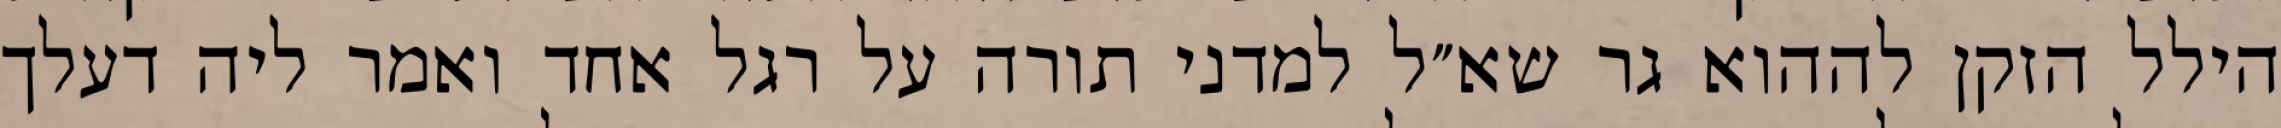
הילל הזקן לההוא גר שא״ל למדני תורה על רגל אחד ואמר ליה דעלך